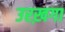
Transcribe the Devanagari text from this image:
उरख़गा